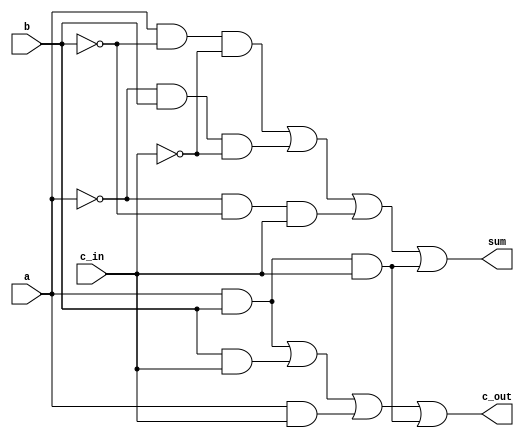
`timescale 1ns / 1ps
//////////////////////////////////////////////////////////////////////////////////
// Company: 
// Engineer: 
// 
// Design Name: 
// Module Name: FA_str
// Project Name: 
// Target Devices: 
// Tool Versions: 
// Description: 
// 
// Dependencies: 
// 
// Revision:
// Revision 0.01 - File Created
// Additional Comments:
// 
//////////////////////////////////////////////////////////////////////////////////
`define	D		0		// definition of the delay

module FA_str(c_out, sum, a, b, c_in);


input		a, b,c_in; 
output	c_out, sum; 

wire		not_a, not_b, not_c;
wire		and1_out, and2_out, and3_out, and4_out;
wire		and5_out, and6_out, and7_out, and8_out;

not	   not1		(not_a, a);
not	   not2		(not_b, b);
not		not3		(not_c, c_in);

// get sum
and	#`D		and1		(and1_out, a, not_b, not_c);
and	#`D		and2		(and2_out, not_a, b, not_c);
and	#`D		and3		(and3_out, not_a, not_b, c_in);
and	#`D		and4		(and4_out, a, b, c_in);
or		#`D		or1		(sum, and1_out, and2_out, and3_out, and4_out);

// get c_out							
and	#`D		and5		(and5_out, a, b);
and	#`D		and6		(and6_out, b, c_in);
and	#`D		and7		(and7_out, a, c_in);
and	#`D		and8		(and8_out, a, b, c_in);
or		#`D		or2		(c_out, and5_out, and6_out, and7_out, and8_out);


endmodule